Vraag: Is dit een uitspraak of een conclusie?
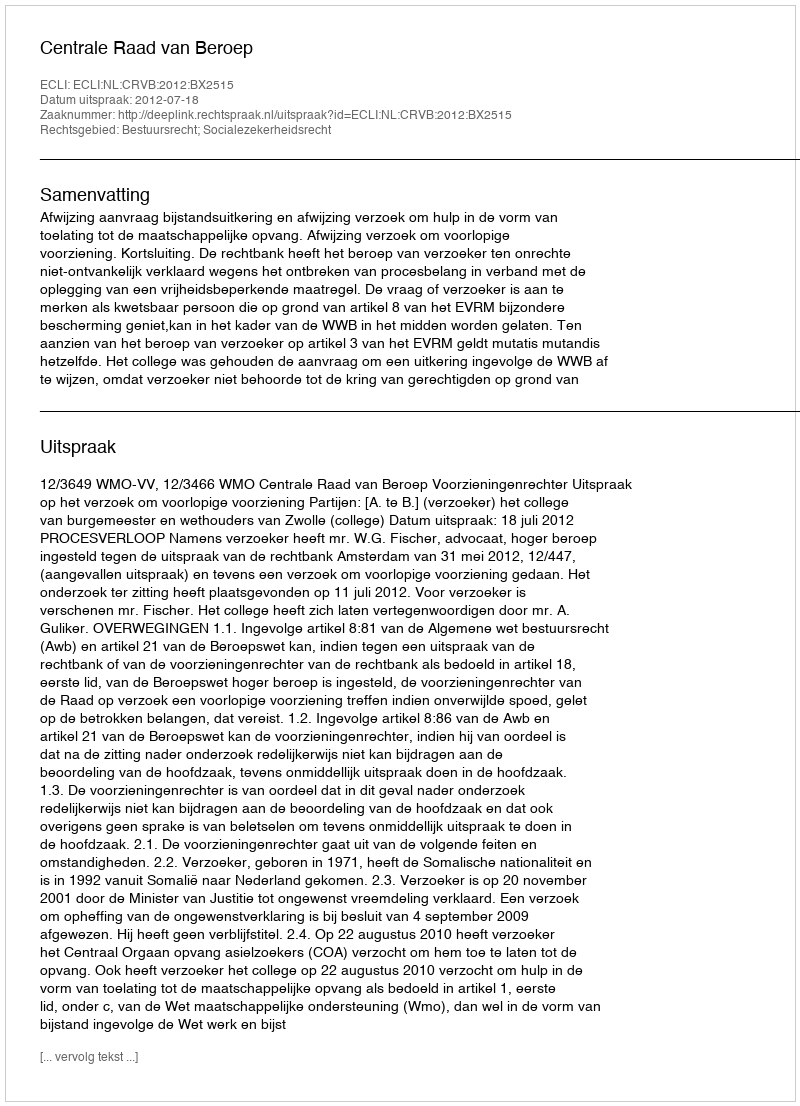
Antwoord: Uitspraak